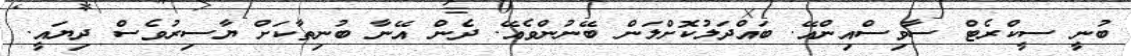
ބުނީ ސީކްރެޓް ސާވިސްއިންއޭ. ބައްދަލުކޮށްލަން ބޭނުންވެއޭ. ދެން އޭނާ ބުނިތާކަށް ޔާސިރުވެސް ދިޔައީ.